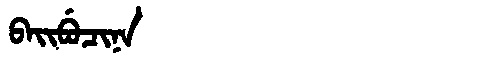
Manchu: ᠪᠠᡳᠪᡠᠴᡳᠨᠠ
Romanization: BAIBUCINA